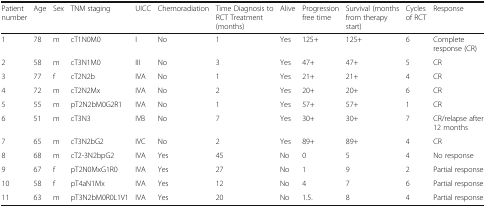
<table><thead><tr><td><b>Patient number</b></td><td><b>Age</b></td><td><b>Sex</b></td><td><b>TNM staging</b></td><td><b>UICC</b></td><td><b>Chemoradiation</b></td><td><b>Time Diagnosis to RCT Treatment (months)</b></td><td><b>Alive</b></td><td><b>Progression free time</b></td><td><b>Survival (months from therapy start)</b></td><td><b>Cycles of RCT</b></td><td><b>Response</b></td></tr></thead><tbody><tr><td>1</td><td>78</td><td>m</td><td>cT1N0M0</td><td>I</td><td>No</td><td>1</td><td>Yes</td><td>125+</td><td>125+</td><td>6</td><td>Complete response (CR)</td></tr><tr><td>2</td><td>58</td><td>m</td><td>cT3N1M0</td><td>III</td><td>No</td><td>3</td><td>Yes</td><td>47+</td><td>47+</td><td>5</td><td>CR</td></tr><tr><td>3</td><td>77</td><td>f</td><td>cT2N2b</td><td>IVA</td><td>No</td><td>1</td><td>Yes</td><td>21+</td><td>21+</td><td>4</td><td>CR</td></tr><tr><td>4</td><td>72</td><td>m</td><td>cT2N2Mx</td><td>IVA</td><td>No</td><td>2</td><td>Yes</td><td>20+</td><td>20+</td><td>6</td><td>CR</td></tr><tr><td>5</td><td>55</td><td>m</td><td>pT2N2bM0G2R1</td><td>IVA</td><td>No</td><td>1</td><td>Yes</td><td>57+</td><td>57+</td><td>1</td><td>CR</td></tr><tr><td>6</td><td>51</td><td>m</td><td>cT3N3</td><td>IVB</td><td>No</td><td>7</td><td>Yes</td><td>30+</td><td>30+</td><td>7</td><td>CR/relapse after 12 months</td></tr><tr><td>7</td><td>65</td><td>m</td><td>cT3N2bG2</td><td>IVC</td><td>No</td><td>2</td><td>Yes</td><td>89+</td><td>89+</td><td>4</td><td>CR</td></tr><tr><td>8</td><td>68</td><td>m</td><td>cT2-3N2bpG2</td><td>IVA</td><td>Yes</td><td>45</td><td>No</td><td>0</td><td>5</td><td>4</td><td>No response</td></tr><tr><td>9</td><td>67</td><td>f</td><td>pT2N0MxG1R0</td><td>IVA</td><td>Yes</td><td>27</td><td>No</td><td>1</td><td>9</td><td>2</td><td>Partial response</td></tr><tr><td>10</td><td>58</td><td>f</td><td>pT4aN1Mx</td><td>IVA</td><td>Yes</td><td>12</td><td>No</td><td>4</td><td>7</td><td>6</td><td>Partial response</td></tr><tr><td>11</td><td>63</td><td>m</td><td>pT3N2bM0R0L1V1</td><td>IVA</td><td>Yes</td><td>20</td><td>No</td><td>1.5.</td><td>8</td><td>4</td><td>Partial response</td></tr></tbody></table>